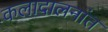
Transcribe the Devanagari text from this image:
कलादालनांत